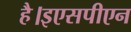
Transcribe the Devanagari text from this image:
है।इएसपीएन